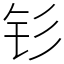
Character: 钐